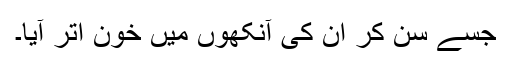
جسے سن کر ان کی آنکھوں میں خون اتر آیا۔